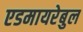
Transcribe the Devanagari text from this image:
एडमायरेबुल